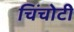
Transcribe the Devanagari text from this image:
चिंचोटी